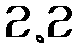
2.2